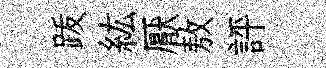
䟦紘厭敖評